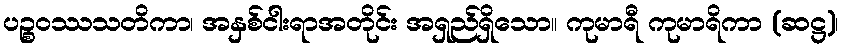
ပဉ္စဝဿသတိကာ၊ အနှစ်ငါးရာအတိုင်း အရှည်ရှိသော။ ကုမာရီ ကုမာရိကာ (ဆဋ္ဌ)၊